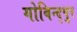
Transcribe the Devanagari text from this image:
गोबिन्द्पुर